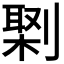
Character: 𠟕